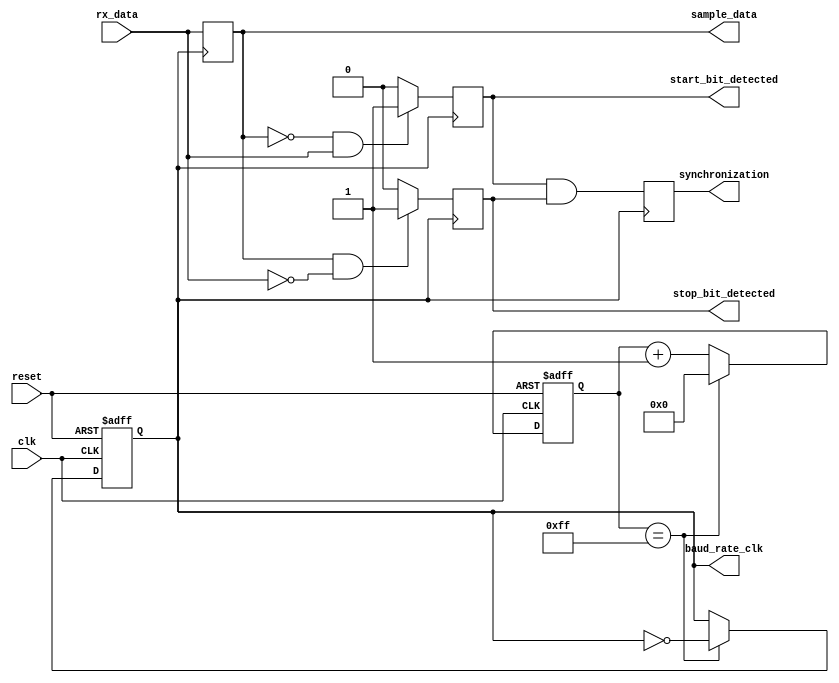
module uart_timing_control (
    input wire clk,
    input wire reset,
    input wire rx_data,
    output reg baud_rate_clk,
    output reg sample_data,
    output reg start_bit_detected,
    output reg stop_bit_detected,
    output reg synchronization
);

// Baud rate clock generation
reg [15:0] baud_counter;
parameter BAUD_COUNT = 8'hFF;
always @(posedge clk or posedge reset) begin
    if (reset) begin
        baud_counter <= 0;
        baud_rate_clk <= 0;
    end else begin
        if (baud_counter == BAUD_COUNT) begin
            baud_counter <= 0;
            baud_rate_clk <= ~baud_rate_clk;
        end else begin
            baud_counter <= baud_counter + 1;
        end
    end
end

// Data sampling
always @(posedge baud_rate_clk) begin
    sample_data <= rx_data;
end

// Start bit detection
always @(posedge baud_rate_clk) begin
    if (sample_data == 0 && rx_data == 1) begin
        start_bit_detected <= 1;
    end else begin
        start_bit_detected <= 0;
    end
end

// Stop bit detection
always @(posedge baud_rate_clk) begin
    if (sample_data == 1 && rx_data == 0) begin
        stop_bit_detected <= 1;
    end else begin
        stop_bit_detected <= 0;
    end
end

// Synchronization between transmitter and receiver
always @(posedge baud_rate_clk) begin
    synchronization <= start_bit_detected && stop_bit_detected;
end

endmodule